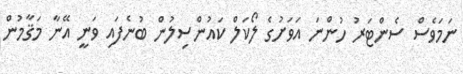
ނަމަވެސް ސެންޓަރު ހުންނަ އަވަށުގެ ލޯކަލް ކައުންސިލުން ބުނެފައި ވަނީ އޭނާ މަޤާމުން